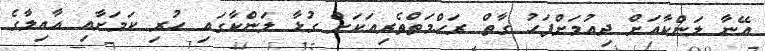
އޭނާ ލަންކާއަށް ދިއުމަށްފަހު ގާތް ރަހްމަތްތެރިއަކަށް ގުޅާ ލަންކާގައި ހުރި ކަމަށާއި އާއިލާގެ